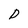
Character: D